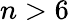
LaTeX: n>6